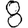
Digit: 8